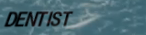
DENTIST